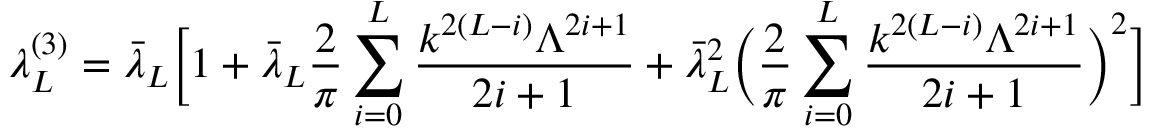
\lambda _ { L } ^ { ( 3 ) } = \bar { \lambda } _ { L } \biggr [ 1 + \bar { \lambda } _ { L } \frac { 2 } { \pi } \sum _ { i = 0 } ^ { L } \frac { k ^ { 2 ( L - i ) } \Lambda ^ { 2 i + 1 } } { 2 i + 1 } + \bar { \lambda } _ { L } ^ { 2 } \biggr ( \frac { 2 } { \pi } \sum _ { i = 0 } ^ { L } \frac { k ^ { 2 ( L - i ) } \Lambda ^ { 2 i + 1 } } { 2 i + 1 } \biggr ) ^ { 2 } \biggr ]